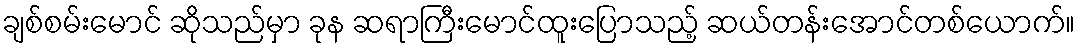
ချစ်စမ်းမောင် ဆိုသည်မှာ ခုန ဆရာကြီးမောင်ထူးပြောသည့် ဆယ်တန်းအောင်တစ်ယောက်။